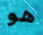
هو